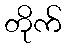
တိုက်